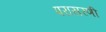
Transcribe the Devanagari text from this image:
परासरणी